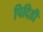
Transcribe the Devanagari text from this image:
पिदिडी